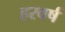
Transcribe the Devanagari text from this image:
हरवर्ष